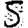
Digit: 5